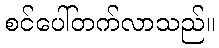
စင်ပေါ်တက်လာသည်။